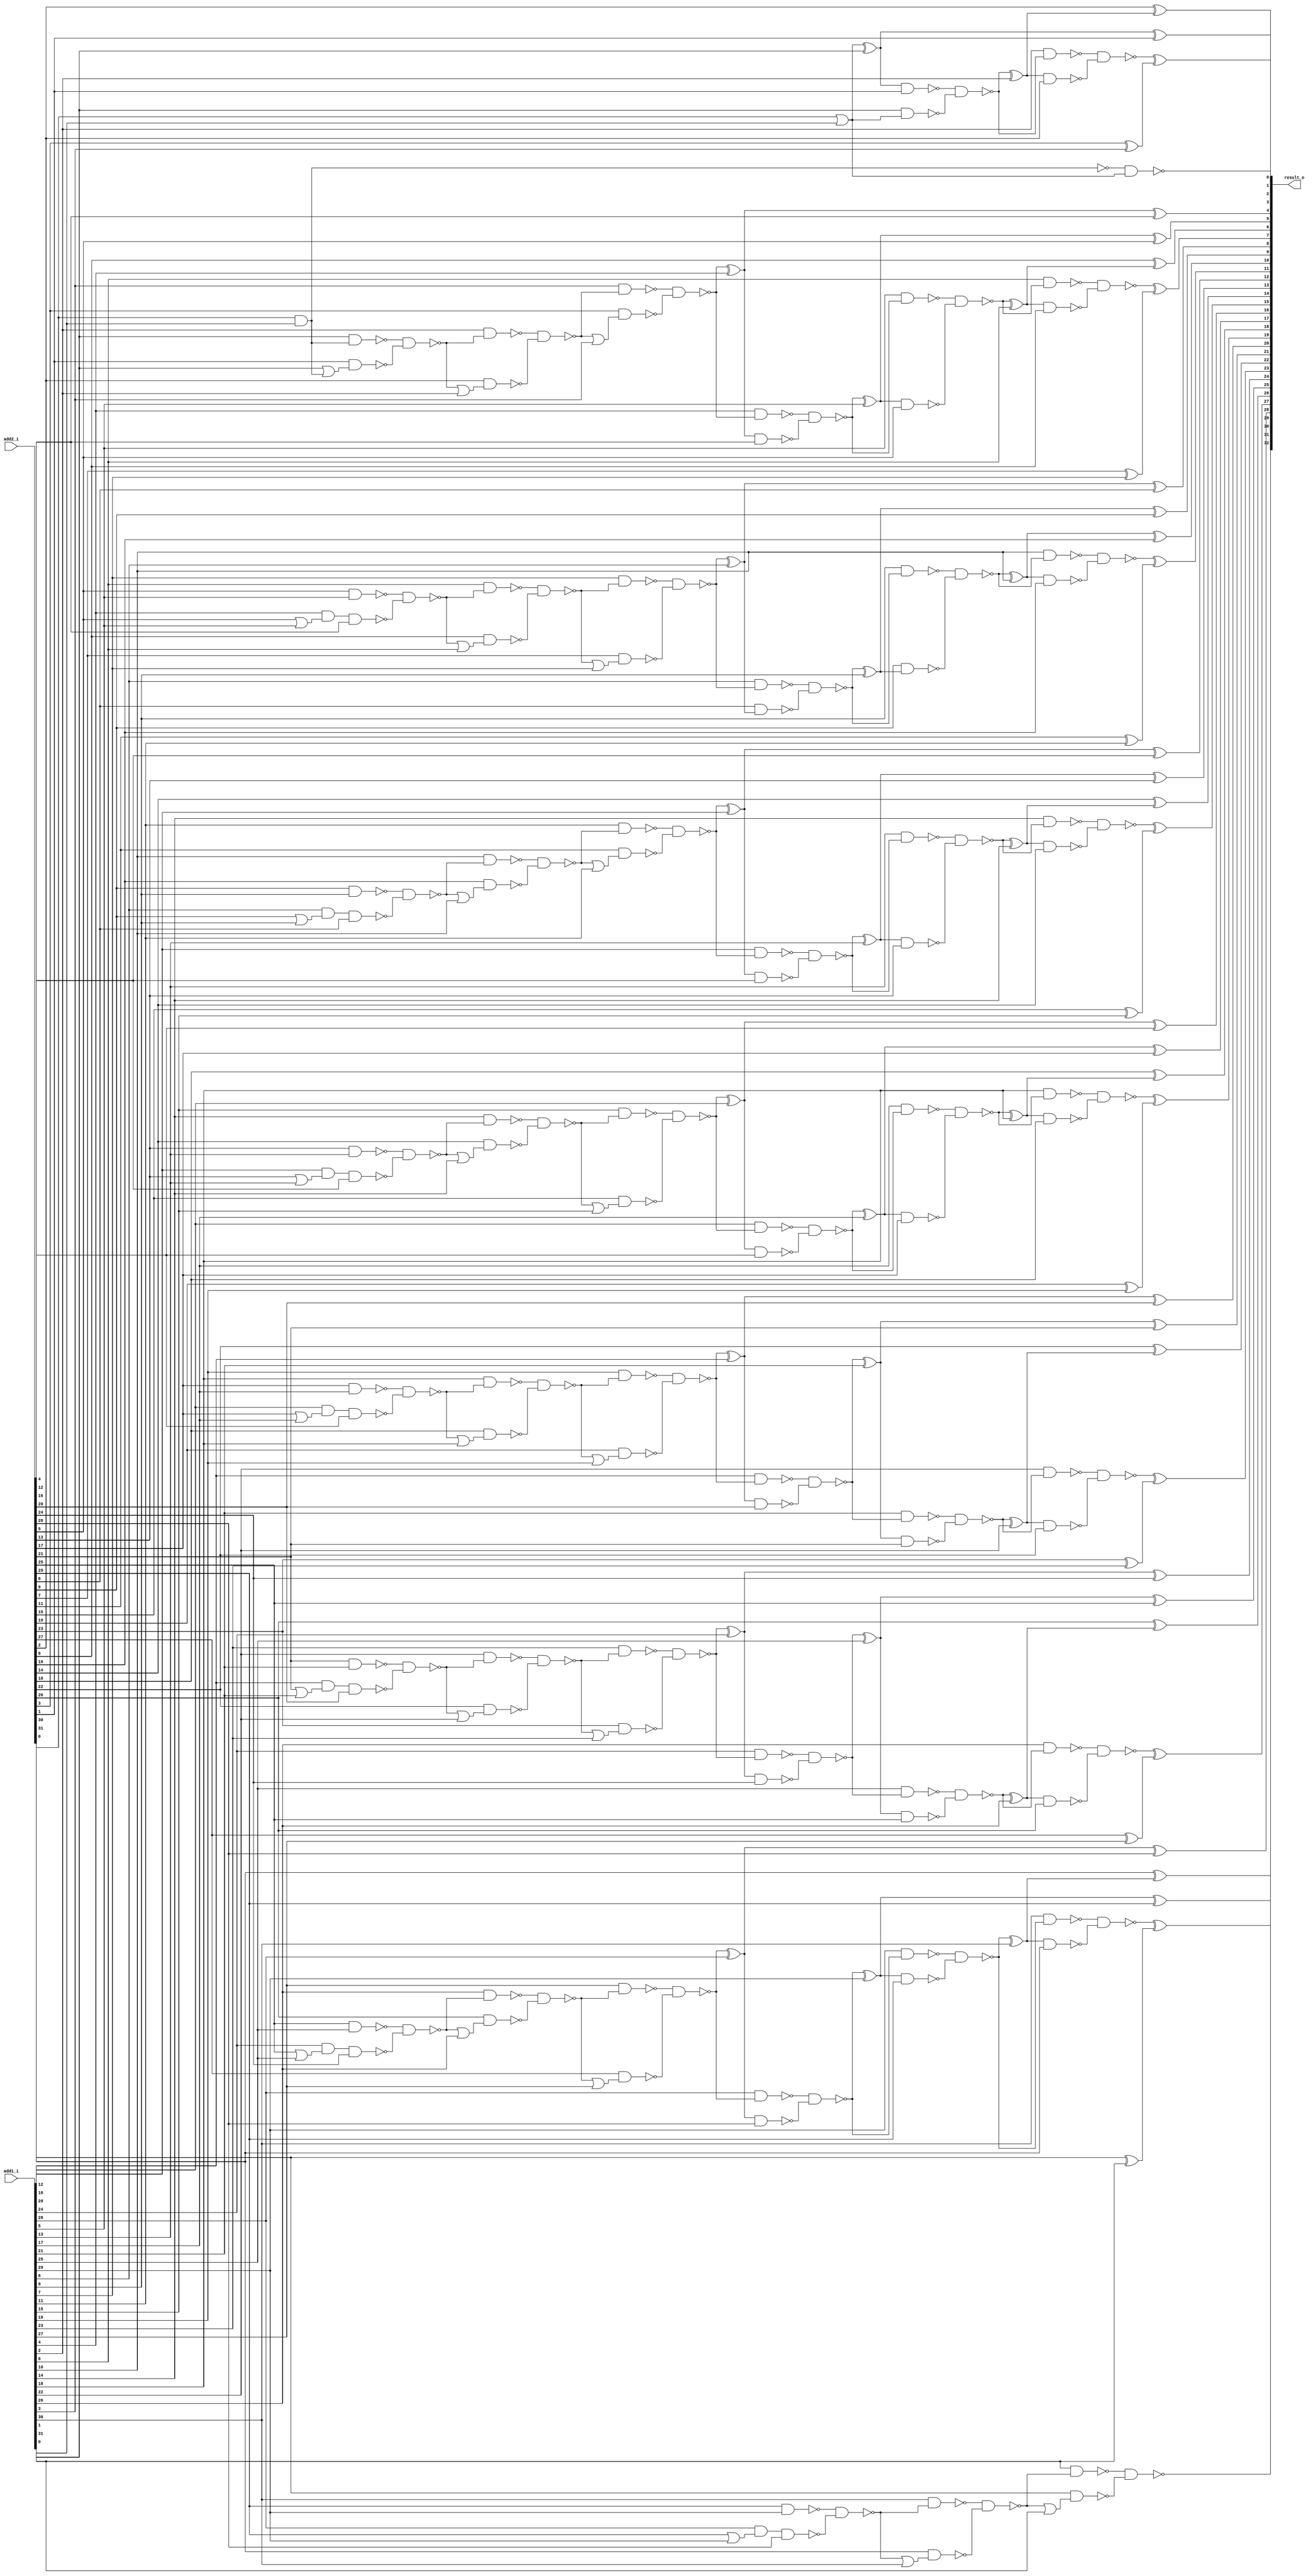
module error_tolerant_type2_adder32 ( add1_i, add2_i, result_o );
  input [31:0] add1_i;
  input [31:0] add2_i;
  output [32:0] result_o;
  wire   n142, n143, n144, n145, n146, n147, n148, n149, n150, n151, n152,
         n153, n154, n155, n156, n157, n158, n159, n160, n161, n162, n163,
         n164, n165, n166, n167, n168, n169, n170, n171, n172, n173, n174,
         n175, n176, n177, n178, n179, n180, n181, n182, n183, n184, n185,
         n186, n187, n188, n189, n190, n191, n192, n193, n194, n195, n196,
         n197, n198, n199, n200, n201, n202, n203, n204, n205, n206, n207,
         n208, n209, n210, n211, n212, n213, n214, n215, n216, n217, n218,
         n219, n220, n221, n222, n223, n224, n225, n226, n227, n228, n229,
         n230, n231, n232, n233, n234, n235, n236, n237, n238, n239, n240,
         n241, n242, n243, n244, n245, n246, n247, n248, n249, n250, n251,
         n252, n253, n254, n255, n256, n257, n258, n259, n260, n261, n262,
         n263, n264, n265, n266, n267, n268, n269, n270, n271, n272, n273,
         n274, n275, n276, n277, n278, n279, n280, n281, n282, n283, n284,
         n285, n286, n287, n288, n289, n290, n291, n292, n293, n294, n295,
         n296, n297, n298, n299, n300, n301, n302, n303, n304, n305, n306,
         n307, n308, n309, n310, n311, n312, n313, n314, n315, n316, n317,
         n318, n319, n320, n321, n322, n323, n324, n325, n326, n327, n328,
         n329, n330, n331, n332, n333, n334, n335, n336, n337, n338, n339;

  xor U171 ( result_o[9], n143, add2_i[9]);
  xor U172 ( result_o[8], n144, add2_i[8]);
  xor U173 ( result_o[7], n145, n146);
  xor U174 ( n146, add2_i[7], add1_i[7]);
  xor U175 ( result_o[6], add2_i[6], n149);
  xor U176 ( n149, n150, add1_i[6]);
  xor U177 ( result_o[5], n153, add2_i[5]);
  xor U178 ( n153, n154, add1_i[5]);
  xor U179 ( result_o[4], n157, add2_i[4]);
  xor U180 ( n157, n158, add1_i[4]);
  xor U181 ( result_o[3], n171, n172);
  xor U182 ( n172, add2_i[3], add1_i[3]);
  xor U183 ( result_o[31], n188, n189);
  xor U184 ( n189, add2_i[31], add1_i[31]);
  xor U185 ( result_o[30], add2_i[30], n192);
  xor U186 ( n192, n193, add1_i[30]);
  xor U187 ( result_o[2], add2_i[2], n175);
  xor U188 ( n175, n176, add1_i[2]);
  xor U189 ( result_o[29], n196, add2_i[29]);
  xor U190 ( n196, n197, add1_i[29]);
  xor U191 ( result_o[28], n204, add2_i[28]);
  xor U192 ( n204, n205, add1_i[28]);
  xor U193 ( result_o[27], n217, n218);
  xor U194 ( n218, add2_i[27], add1_i[27]);
  xor U195 ( result_o[26], add2_i[26], n221);
  xor U196 ( n221, n222, add1_i[26]);
  xor U197 ( result_o[25], n225, add2_i[25]);
  xor U198 ( n225, n226, add1_i[25]);
  xor U199 ( result_o[24], n229, add2_i[24]);
  xor U200 ( n229, n230, add1_i[24]);
  xor U201 ( result_o[23], n242, n243);
  xor U202 ( n243, add2_i[23], add1_i[23]);
  xor U203 ( result_o[22], add2_i[22], n246);
  xor U204 ( n246, n247, add1_i[22]);
  xor U205 ( result_o[21], n250, add2_i[21]);
  xor U206 ( n250, n251, add1_i[21]);
  xor U207 ( result_o[20], n254, add2_i[20]);
  xor U208 ( n254, n255, add1_i[20]);
  xor U209 ( result_o[1], n201, add2_i[1]);
  xor U210 ( n201, n200, add1_i[1]);
  xor U211 ( result_o[19], n267, n268);
  xor U212 ( n268, add2_i[19], add1_i[19]);
  xor U213 ( result_o[18], add2_i[18], n271);
  xor U214 ( n271, n272, add1_i[18]);
  xor U215 ( result_o[17], n275, add2_i[17]);
  xor U216 ( n275, n276, add1_i[17]);
  xor U217 ( result_o[16], n279, add2_i[16]);
  xor U218 ( n279, n280, add1_i[16]);
  xor U219 ( result_o[15], n292, n293);
  xor U220 ( n293, add2_i[15], add1_i[15]);
  xor U221 ( result_o[14], add2_i[14], n296);
  xor U222 ( n296, n297, add1_i[14]);
  xor U223 ( result_o[13], n300, add2_i[13]);
  xor U224 ( n300, n301, add1_i[13]);
  xor U225 ( result_o[12], n304, add2_i[12]);
  xor U226 ( n304, n305, add1_i[12]);
  xor U227 ( result_o[11], n317, n318);
  xor U228 ( n318, add2_i[11], add1_i[11]);
  xor U229 ( result_o[10], n321, add2_i[10]);
  xor U230 ( n321, n322, add1_i[10]);
  xor U231 ( n143, n325, add1_i[9]);
  xor U232 ( n144, n328, add1_i[8]);
  not U233 ( n142, n170);
  nand U234 ( result_o[0], n170, n200);
  nand U235 ( n317, n319, n320);
  nand U236 ( n319, add1_i[10], n322);
  nand U237 ( n148, n149, add2_i[6]);
  nand U238 ( n295, n296, add2_i[14]);
  nand U239 ( n270, n271, add2_i[18]);
  nand U240 ( n245, n246, add2_i[22]);
  nand U241 ( n220, n221, add2_i[26]);
  nand U242 ( n191, n192, add2_i[30]);
  nand U243 ( n320, n321, add2_i[10]);
  nand U244 ( n170, add2_i[0], add1_i[0]);
  nand U245 ( n154, n155, n156);
  nand U246 ( n155, add1_i[4], n158);
  nand U247 ( n156, n157, add2_i[4]);
  nand U248 ( n301, n302, n303);
  nand U249 ( n302, add1_i[12], n305);
  nand U250 ( n303, n304, add2_i[12]);
  nand U251 ( n276, n277, n278);
  nand U252 ( n277, add1_i[16], n280);
  nand U253 ( n278, n279, add2_i[16]);
  nand U254 ( n251, n252, n253);
  nand U255 ( n252, add1_i[20], n255);
  nand U256 ( n253, n254, add2_i[20]);
  nand U257 ( n226, n227, n228);
  nand U258 ( n227, add1_i[24], n230);
  nand U259 ( n228, n229, add2_i[24]);
  nand U260 ( n197, n202, n203);
  nand U261 ( n202, add1_i[28], n205);
  nand U262 ( n203, n204, add2_i[28]);
  nand U263 ( n150, n151, n152);
  nand U264 ( n151, add1_i[5], n154);
  nand U265 ( n152, n153, add2_i[5]);
  nand U266 ( n297, n298, n299);
  nand U267 ( n298, add1_i[13], n301);
  nand U268 ( n299, n300, add2_i[13]);
  nand U269 ( n272, n273, n274);
  nand U270 ( n273, add1_i[17], n276);
  nand U271 ( n274, n275, add2_i[17]);
  nand U272 ( n247, n248, n249);
  nand U273 ( n248, add1_i[21], n251);
  nand U274 ( n249, n250, add2_i[21]);
  nand U275 ( n222, n223, n224);
  nand U276 ( n223, add1_i[25], n226);
  nand U277 ( n224, n225, add2_i[25]);
  nand U278 ( n193, n194, n195);
  nand U279 ( n194, add1_i[29], n197);
  nand U280 ( n195, n196, add2_i[29]);
  nand U281 ( n325, n326, n327);
  nand U282 ( n326, add1_i[8], n328);
  nand U283 ( n327, add2_i[8], n144);
  nand U284 ( n322, n323, n324);
  nand U285 ( n323, add1_i[9], n325);
  nand U286 ( n324, add2_i[9], n143);
  nand U287 ( n328, n329, n330);
  nand U288 ( n329, add1_i[7], n332);
  nand U289 ( n330, add2_i[7], n331);
  or U290 ( n331, n332, add1_i[7]);
  nand U291 ( n305, n306, n307);
  nand U292 ( n306, add1_i[11], n309);
  nand U293 ( n307, add2_i[11], n308);
  or U294 ( n308, n309, add1_i[11]);
  nand U295 ( n280, n281, n282);
  nand U296 ( n281, add1_i[15], n284);
  nand U297 ( n282, add2_i[15], n283);
  or U298 ( n283, n284, add1_i[15]);
  nand U299 ( n255, n256, n257);
  nand U300 ( n256, add1_i[19], n259);
  nand U301 ( n257, add2_i[19], n258);
  or U302 ( n258, n259, add1_i[19]);
  nand U303 ( n230, n231, n232);
  nand U304 ( n231, add1_i[23], n234);
  nand U305 ( n232, add2_i[23], n233);
  or U306 ( n233, n234, add1_i[23]);
  nand U307 ( n205, n206, n207);
  nand U308 ( n206, add1_i[27], n209);
  nand U309 ( n207, add2_i[27], n208);
  or U310 ( n208, n209, add1_i[27]);
  nand U311 ( n336, n337, n338);
  nand U312 ( n337, add2_i[5], add1_i[5]);
  nand U313 ( n338, add1_i[4], n339, add2_i[4]);
  or U314 ( n339, add2_i[5], add1_i[5]);
  nand U315 ( n313, n314, n315);
  nand U316 ( n314, add2_i[9], add1_i[9]);
  nand U317 ( n315, add1_i[8], n316, add2_i[8]);
  or U318 ( n316, add2_i[9], add1_i[9]);
  nand U319 ( n288, n289, n290);
  nand U320 ( n289, add2_i[13], add1_i[13]);
  nand U321 ( n290, add1_i[12], n291, add2_i[12]);
  or U322 ( n291, add2_i[13], add1_i[13]);
  nand U323 ( n263, n264, n265);
  nand U324 ( n264, add2_i[17], add1_i[17]);
  nand U325 ( n265, add1_i[16], n266, add2_i[16]);
  or U326 ( n266, add2_i[17], add1_i[17]);
  nand U327 ( n238, n239, n240);
  nand U328 ( n239, add2_i[21], add1_i[21]);
  nand U329 ( n240, add1_i[20], n241, add2_i[20]);
  or U330 ( n241, add2_i[21], add1_i[21]);
  nand U331 ( n213, n214, n215);
  nand U332 ( n214, add2_i[25], add1_i[25]);
  nand U333 ( n215, add1_i[24], n216, add2_i[24]);
  or U334 ( n216, add2_i[25], add1_i[25]);
  nand U335 ( n162, n163, n164);
  nand U336 ( n163, add1_i[2], n166);
  nand U337 ( n164, add2_i[2], n165);
  or U338 ( n165, n166, add1_i[2]);
  nand U339 ( n332, n333, n334);
  nand U340 ( n333, add1_i[6], n336);
  nand U341 ( n334, add2_i[6], n335);
  or U342 ( n335, n336, add1_i[6]);
  nand U343 ( n309, n310, n311);
  nand U344 ( n310, add1_i[10], n313);
  nand U345 ( n311, add2_i[10], n312);
  or U346 ( n312, n313, add1_i[10]);
  nand U347 ( n284, n285, n286);
  nand U348 ( n285, add1_i[14], n288);
  nand U349 ( n286, add2_i[14], n287);
  or U350 ( n287, n288, add1_i[14]);
  nand U351 ( n259, n260, n261);
  nand U352 ( n260, add1_i[18], n263);
  nand U353 ( n261, add2_i[18], n262);
  or U354 ( n262, n263, add1_i[18]);
  nand U355 ( n234, n235, n236);
  nand U356 ( n235, add1_i[22], n238);
  nand U357 ( n236, add2_i[22], n237);
  or U358 ( n237, n238, add1_i[22]);
  nand U359 ( n209, n210, n211);
  nand U360 ( n210, add1_i[26], n213);
  nand U361 ( n211, add2_i[26], n212);
  or U362 ( n212, n213, add1_i[26]);
  nand U363 ( n158, n159, n160);
  nand U364 ( n159, add1_i[3], n162);
  nand U365 ( n160, add2_i[3], n161);
  or U366 ( n161, n162, add1_i[3]);
  nand U367 ( n145, n147, n148);
  nand U368 ( n147, add1_i[6], n150);
  nand U369 ( n292, n294, n295);
  nand U370 ( n294, add1_i[14], n297);
  nand U371 ( n267, n269, n270);
  nand U372 ( n269, add1_i[18], n272);
  nand U373 ( n242, n244, n245);
  nand U374 ( n244, add1_i[22], n247);
  nand U375 ( n217, n219, n220);
  nand U376 ( n219, add1_i[26], n222);
  nand U377 ( n188, n190, n191);
  nand U378 ( n190, add1_i[30], n193);
  nand U379 ( n166, n167, n168);
  nand U380 ( n167, add1_i[1], n142);
  nand U381 ( n168, add2_i[1], n169);
  or U382 ( n169, add1_i[1], n142);
  or U383 ( n200, add2_i[0], add1_i[0]);
  nand U384 ( n171, n173, n174);
  nand U385 ( n173, add1_i[2], n176);
  nand U386 ( n174, n175, add2_i[2]);
  nand U387 ( n176, n198, n199);
  nand U388 ( n199, add1_i[1], n200);
  nand U389 ( n198, n201, add2_i[1]);
  nand U390 ( n184, n185, n186);
  nand U391 ( n185, add2_i[29], add1_i[29]);
  nand U392 ( n186, add1_i[28], n187, add2_i[28]);
  or U393 ( n187, add2_i[29], add1_i[29]);
  nand U394 ( n180, n181, n182);
  nand U395 ( n181, add1_i[30], n184);
  nand U396 ( n182, add2_i[30], n183);
  or U397 ( n183, n184, add1_i[30]);
  nand U398 ( result_o[32], n177, n178);
  nand U399 ( n177, add1_i[31], n180);
  nand U400 ( n178, add2_i[31], n179);
  or U401 ( n179, n180, add1_i[31]);
endmodule